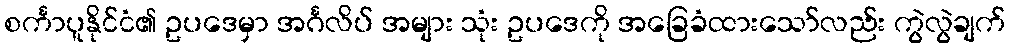
စင်္ကာပူနိုင်ငံ၏ ဥပဒေမှာ အင်္ဂလိပ် အများ သုံး ဥပဒေကို အခြေခံထားသော်လည်း ကွဲလွဲချက်